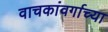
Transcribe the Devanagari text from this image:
वाचकांवर्गाच्या